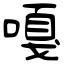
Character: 嘎